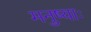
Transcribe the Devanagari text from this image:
मनुष्याः